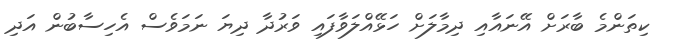
ކިތަންމެ ބާރަށް އޭނައާއި ދިމާލަށް ހަޅޭއްލަވާފައި ވަރުދާ ދިޔަ ނަމަވެސް އެހިސާބުން އަދި